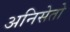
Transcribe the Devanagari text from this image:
अनिसेतो